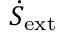
\dot { S } _ { \mathrm { e x t } }